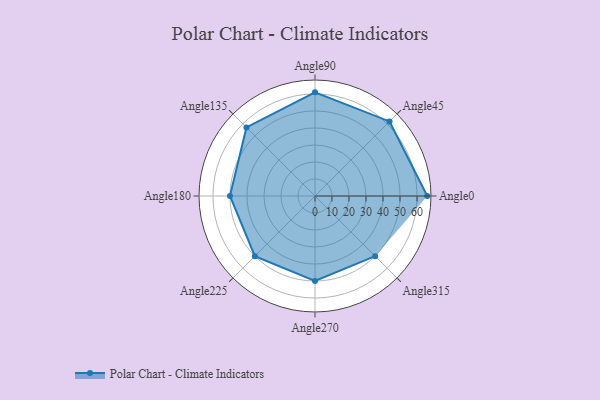
{"axis": {"x": "Angle", "y": "Radius"}, "legend": [""], "data": [{"x": "Angle0", "y": 66.0, "type": ""}, {"x": "Angle45", "y": 62.0, "type": ""}, {"x": "Angle90", "y": 61.0, "type": ""}, {"x": "Angle135", "y": 57.0, "type": ""}, {"x": "Angle180", "y": 50.0, "type": ""}, {"x": "Angle225", "y": 50, "type": ""}, {"x": "Angle270", "y": 50, "type": ""}, {"x": "Angle315", "y": 50, "type": ""}]}